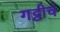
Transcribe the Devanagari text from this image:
गट्टीच